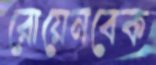
রোয়েনবেক